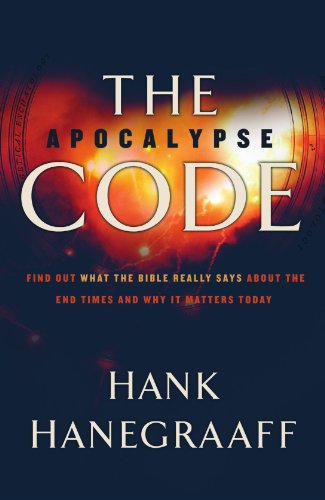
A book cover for The Apocalypse Code: Find out What the Bible Really Says About the End Times and Why It Matters Today; Hank Hanegraaff; Christian Books & Bibles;